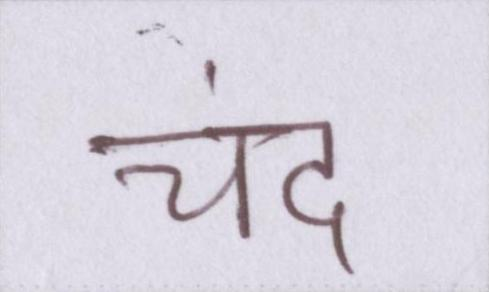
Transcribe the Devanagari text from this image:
चंद